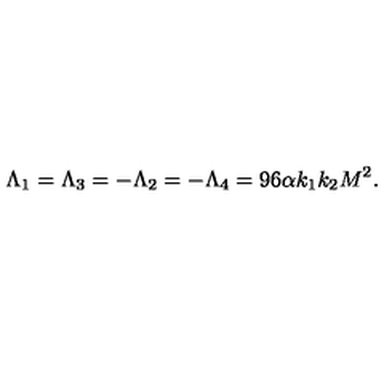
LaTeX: \Lambda _ { 1 } = \Lambda _ { 3 } = - \Lambda _ { 2 } = - \Lambda _ { 4 } = 9 6 \alpha k _ { 1 } k _ { 2 } M ^ { 2 } .